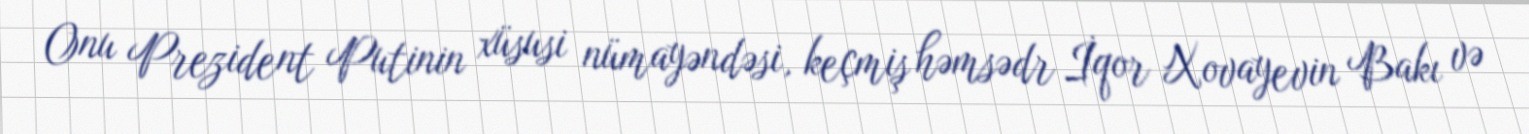
Onu Prezident Putinin xüsusi nümayəndəsi, keçmiş həmsədr İqor Xovayevin Bakı və